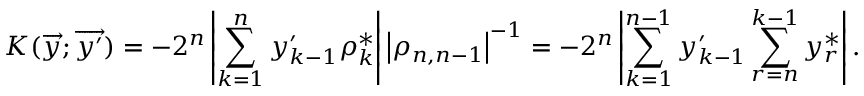
K ( \overrightarrow { y } ; \overrightarrow { y ^ { \prime } } ) = - 2 ^ { n } \left| \sum _ { k = 1 } ^ { n } y _ { k - 1 } ^ { \prime } \rho _ { k } ^ { * } \right| \left| \rho _ { n , n - 1 } \right| ^ { - 1 } = - 2 ^ { n } \left| \sum _ { k = 1 } ^ { n - 1 } y _ { k - 1 } ^ { \prime } \sum _ { r = n } ^ { k - 1 } y _ { r } ^ { * } \right| .